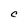
Character: C